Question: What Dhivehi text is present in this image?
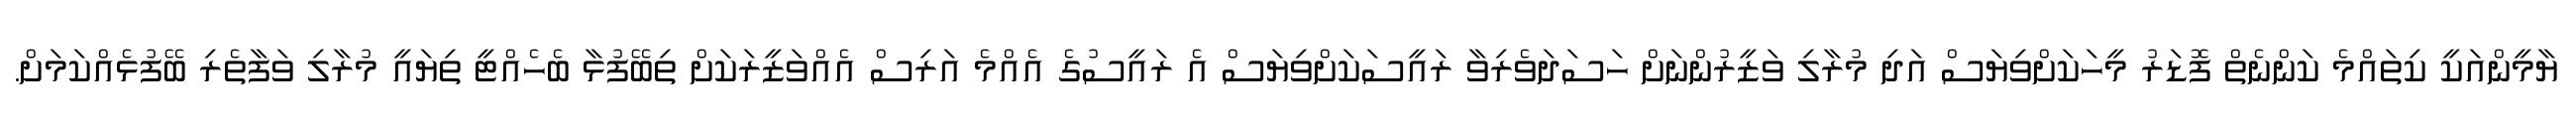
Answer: ޔާމީންއަކީ ކިތައްމެ ކަންނެތް ފޮޑަރު މީހަކަށްވިޔަސް އަދި މުރާލި ވަޒީރުންނަށް ހަސަދަވެރިވާ ރައީސަކަށްވިޔަސް އެ ރައީސުގެ އެއްމެ އަރިސް އެއްވަޒީރަކަށް ތިބޭފުޅާ ބެހެއްޓީ ތިޔައީ މުރާލި ވަފާތެރި ބޭފުޅެއްކަމަށް.